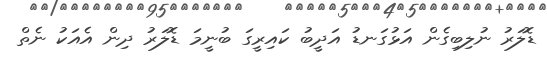
ޑޮލަރު ނުލިބިގެން އަޅުގަނޑު އަދީބު ކައިރީގަ ބުނީމަ ޑޮލަރު ދިން އެއަކު ނެތް